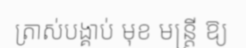
ត្រាស់បង្គាប់ មុខ មន្ត្រី ឱ្យ